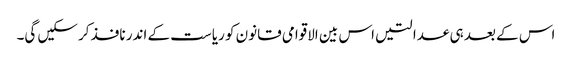
اس کے بعد ہی عدالتیں اس بین الاقوامی قانون کو ریاست کے اندر نافذ کرسکیں گی۔